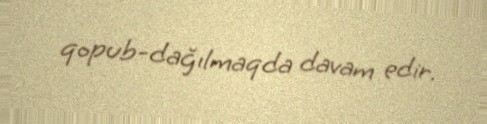
qopub-dağılmaqda davam edir.